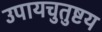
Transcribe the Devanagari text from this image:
उपायचुतुष्टय